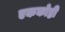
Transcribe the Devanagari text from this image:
एककोष्ठी